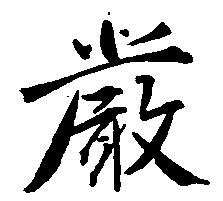
厳